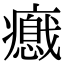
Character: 𤻦